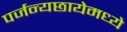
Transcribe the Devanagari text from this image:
पर्जन्यछायेमध्ये